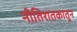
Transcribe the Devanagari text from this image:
नीतिशतकातून